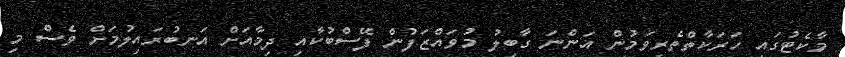
މާކެޓުގައި ހަރަކާތްތެރިވަމުން އަންނަ ގާބިލު މުވައްޒަފުން ފޭސްބުކާއި ދިމާއަށް އަނބުރައިލުމަށް ވެސް މި